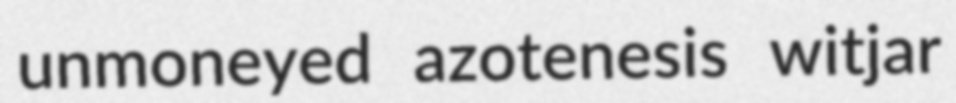
unmoneyed azotenesis witjar